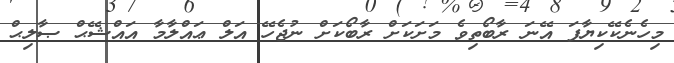
މިހެނެކޭކިޔާފަ އޭނަ ރާބޯތިވެ މަށަކަށް ރާބޯކަށް ނުޖެހޭ އަލް ޢައްލާމާ އައްޝޭޙް ޞާލިޙް